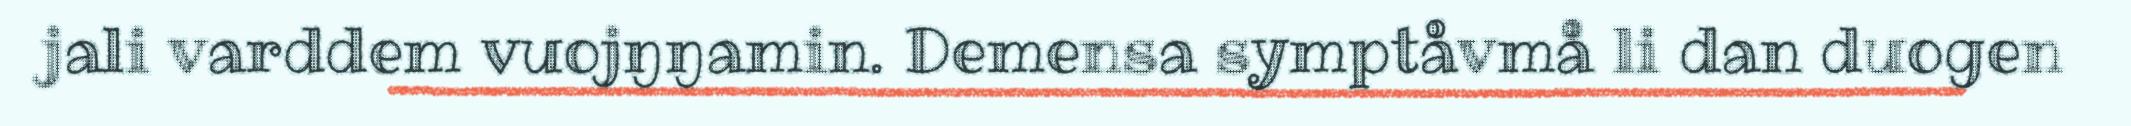
jali varddem vuojŋŋamin. Demensa symptåvmå li dan duogen